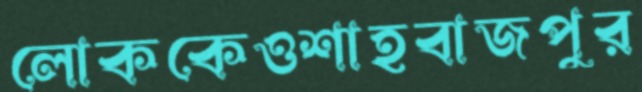
লোককেওশাহবাজপুর